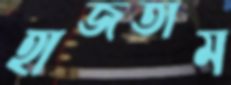
হাজতাম